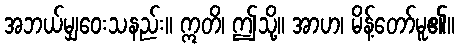
အဘယ်မျှဝေးသနည်း။ ဣတိ၊ ဤသို့။ အာဟ၊ မိန့်တော်မူ၏။